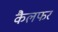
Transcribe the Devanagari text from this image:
कैलफर